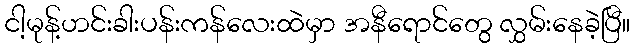
ငါ့မုန့်ဟင်းခါးပန်းကန်လေးထဲမှာ အနီရောင်တွေ လွှမ်းနေခဲ့ပြီ။